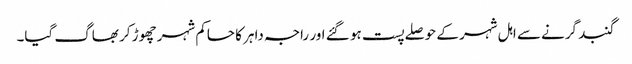
گنبد گرنے سے اہل شہر کے حوصلے پست ہو گئے اور راجہ داہر کا حاکم شہر چھوڑ کر بھاگ گیا۔